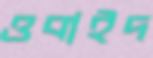
ওবাইদ